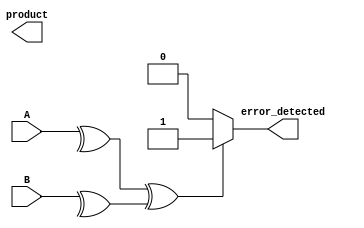
module Fault_Tolerant_Wallace_Tree_Multiplier #(
    parameter WIDTH = 8  // Width of the input binary numbers
)(
    input  [WIDTH-1:0] A, // Multiplicand
    input  [WIDTH-1:0] B, // Multiplier
    output reg [2*WIDTH-1:0] product, // Product output
    output reg error_detected // Error detection flag
);

// Internal signals
reg [WIDTH-1:0] partial_products [WIDTH-1:0]; // Array to hold partial products
wire [2*WIDTH-1:0] reduced_sum; // Result after Wallace tree reduction
wire [2*WIDTH-1:0] final_sum; // Final product after addition
wire [WIDTH-1:0] parity_A, parity_B; // Parity bits for error detection

// Generate parity bits for A and B
assign parity_A = ^A;
assign parity_B = ^B;

// Generate Partial Products
genvar i, j;
generate
    for (i = 0; i < WIDTH; i = i + 1) begin : gen_partial_products
        for (j = 0; j < WIDTH; j = j + 1) begin : gen_and_gates
            assign partial_products[i][j] = A[i] & B[j];
        end
    end
endgenerate

// Wallace Tree Reduction Logic
// For simplicity, using a reduced logic example
// More sophisticated reduction logic can be implemented for true Wallace Tree
integer k;
reg [WIDTH*2-1:0] level1 [WIDTH/3:0]; // Level 1 reduction
reg [WIDTH*2-1:0] level2; // Level 2 reduction

always @(*) begin
    // Level 1: Sum three partial products (simple example)
    for (k = 0; k < (WIDTH + 2) / 3; k = k + 1) begin
        level1[k] = partial_products[k*3] + partial_products[k*3 + 1] + partial_products[k*3 + 2];
    end
end

// Level 2: Reduce to two rows (simplified)
always @(*) begin
    level2 = level1[0] + level1[1]; // Example to sum first two rows
end

// Final Addition (simple adder)
assign final_sum = level2 + (level1[2] | level1[3]);

// Final product assignment
always @(*) begin
    product = final_sum;
end

// Error Detection Logic (simple parity check)
always @(*) begin
    if (parity_A ^ parity_B) begin
        error_detected = 1; // Error detected
    end else begin
        error_detected = 0; // No error
    end
end

endmodule